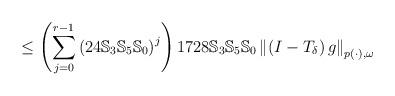
LaTeX: \begin{align*}\leq \left( \sum\limits_{j=0}^{r-1}\left( 24\mathbb{S}_{3}\mathbb{S}_{5}\mathbb{S}_{0}\right) ^{j}\right) 1728\mathbb{S}_{3}\mathbb{S}_{5}\mathbb{S}_{0}\left\Vert \left( I-T_{\delta }\right) g\right\Vert _{p\left( \cdot\right) ,\omega } \end{align*}